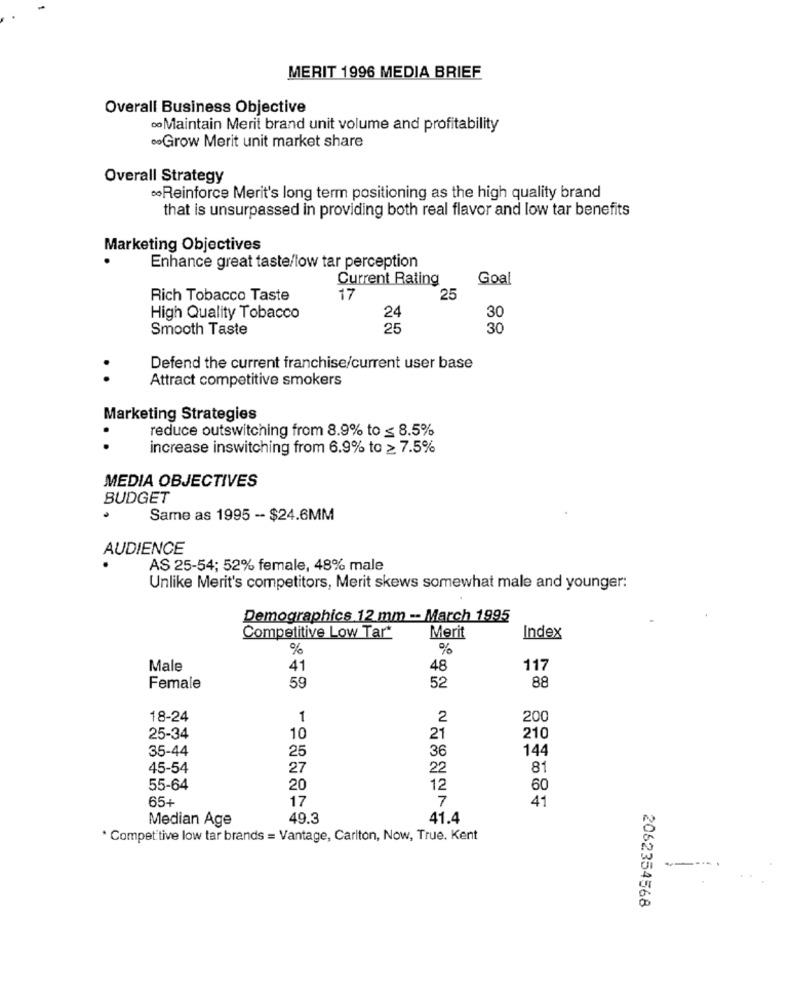
MERIT 1996 MEDIA BRIEF
Overall Business Objective
Maintain Merit brand unit volume and profitability
Grow Merit unit market share
Overall Strategy
Reinforce Merit's long term positioning as the high quality brand
that is unsurpassed in providing both real flavor and low tar benefits
Marketing Objectives
Enhance great taste/low tar perception
Current Rating
Goal
Rich Tobacco Taste
17
25
High Quality Tobacco
24
30
Smooth Taste
25
30
Defend the current franchise/current user base
Attract competitive smokers
Marketing Strategies
reduce outswitching from 8.9% to ≤ 8.5%
increase inswitching from 6.9% to ≥ 7.5%
MEDIA OBJECTIVES
BUDGET
Same as 1995 -- $24.6MM
AUDIENCE
AS 25-54; 52% female, 48% male
Unlike Merit's competitors, Merit skews somewhat male and younger:
Demographics 12 mm -- March 1995
Competitive Low Tar"
Merit
Index
%
%
Male
41
48
117
88
Female
59
52
18-24
1
2
200
25-34
10
21
210
35-44
144
25
36
45-54
27
22
81
55-64
20
12
60
65+
17
7
41
Median Age
49.3
41.4
* Competitive low tar brands = Vantage, Carlton, Now, True. Kent
2062354568